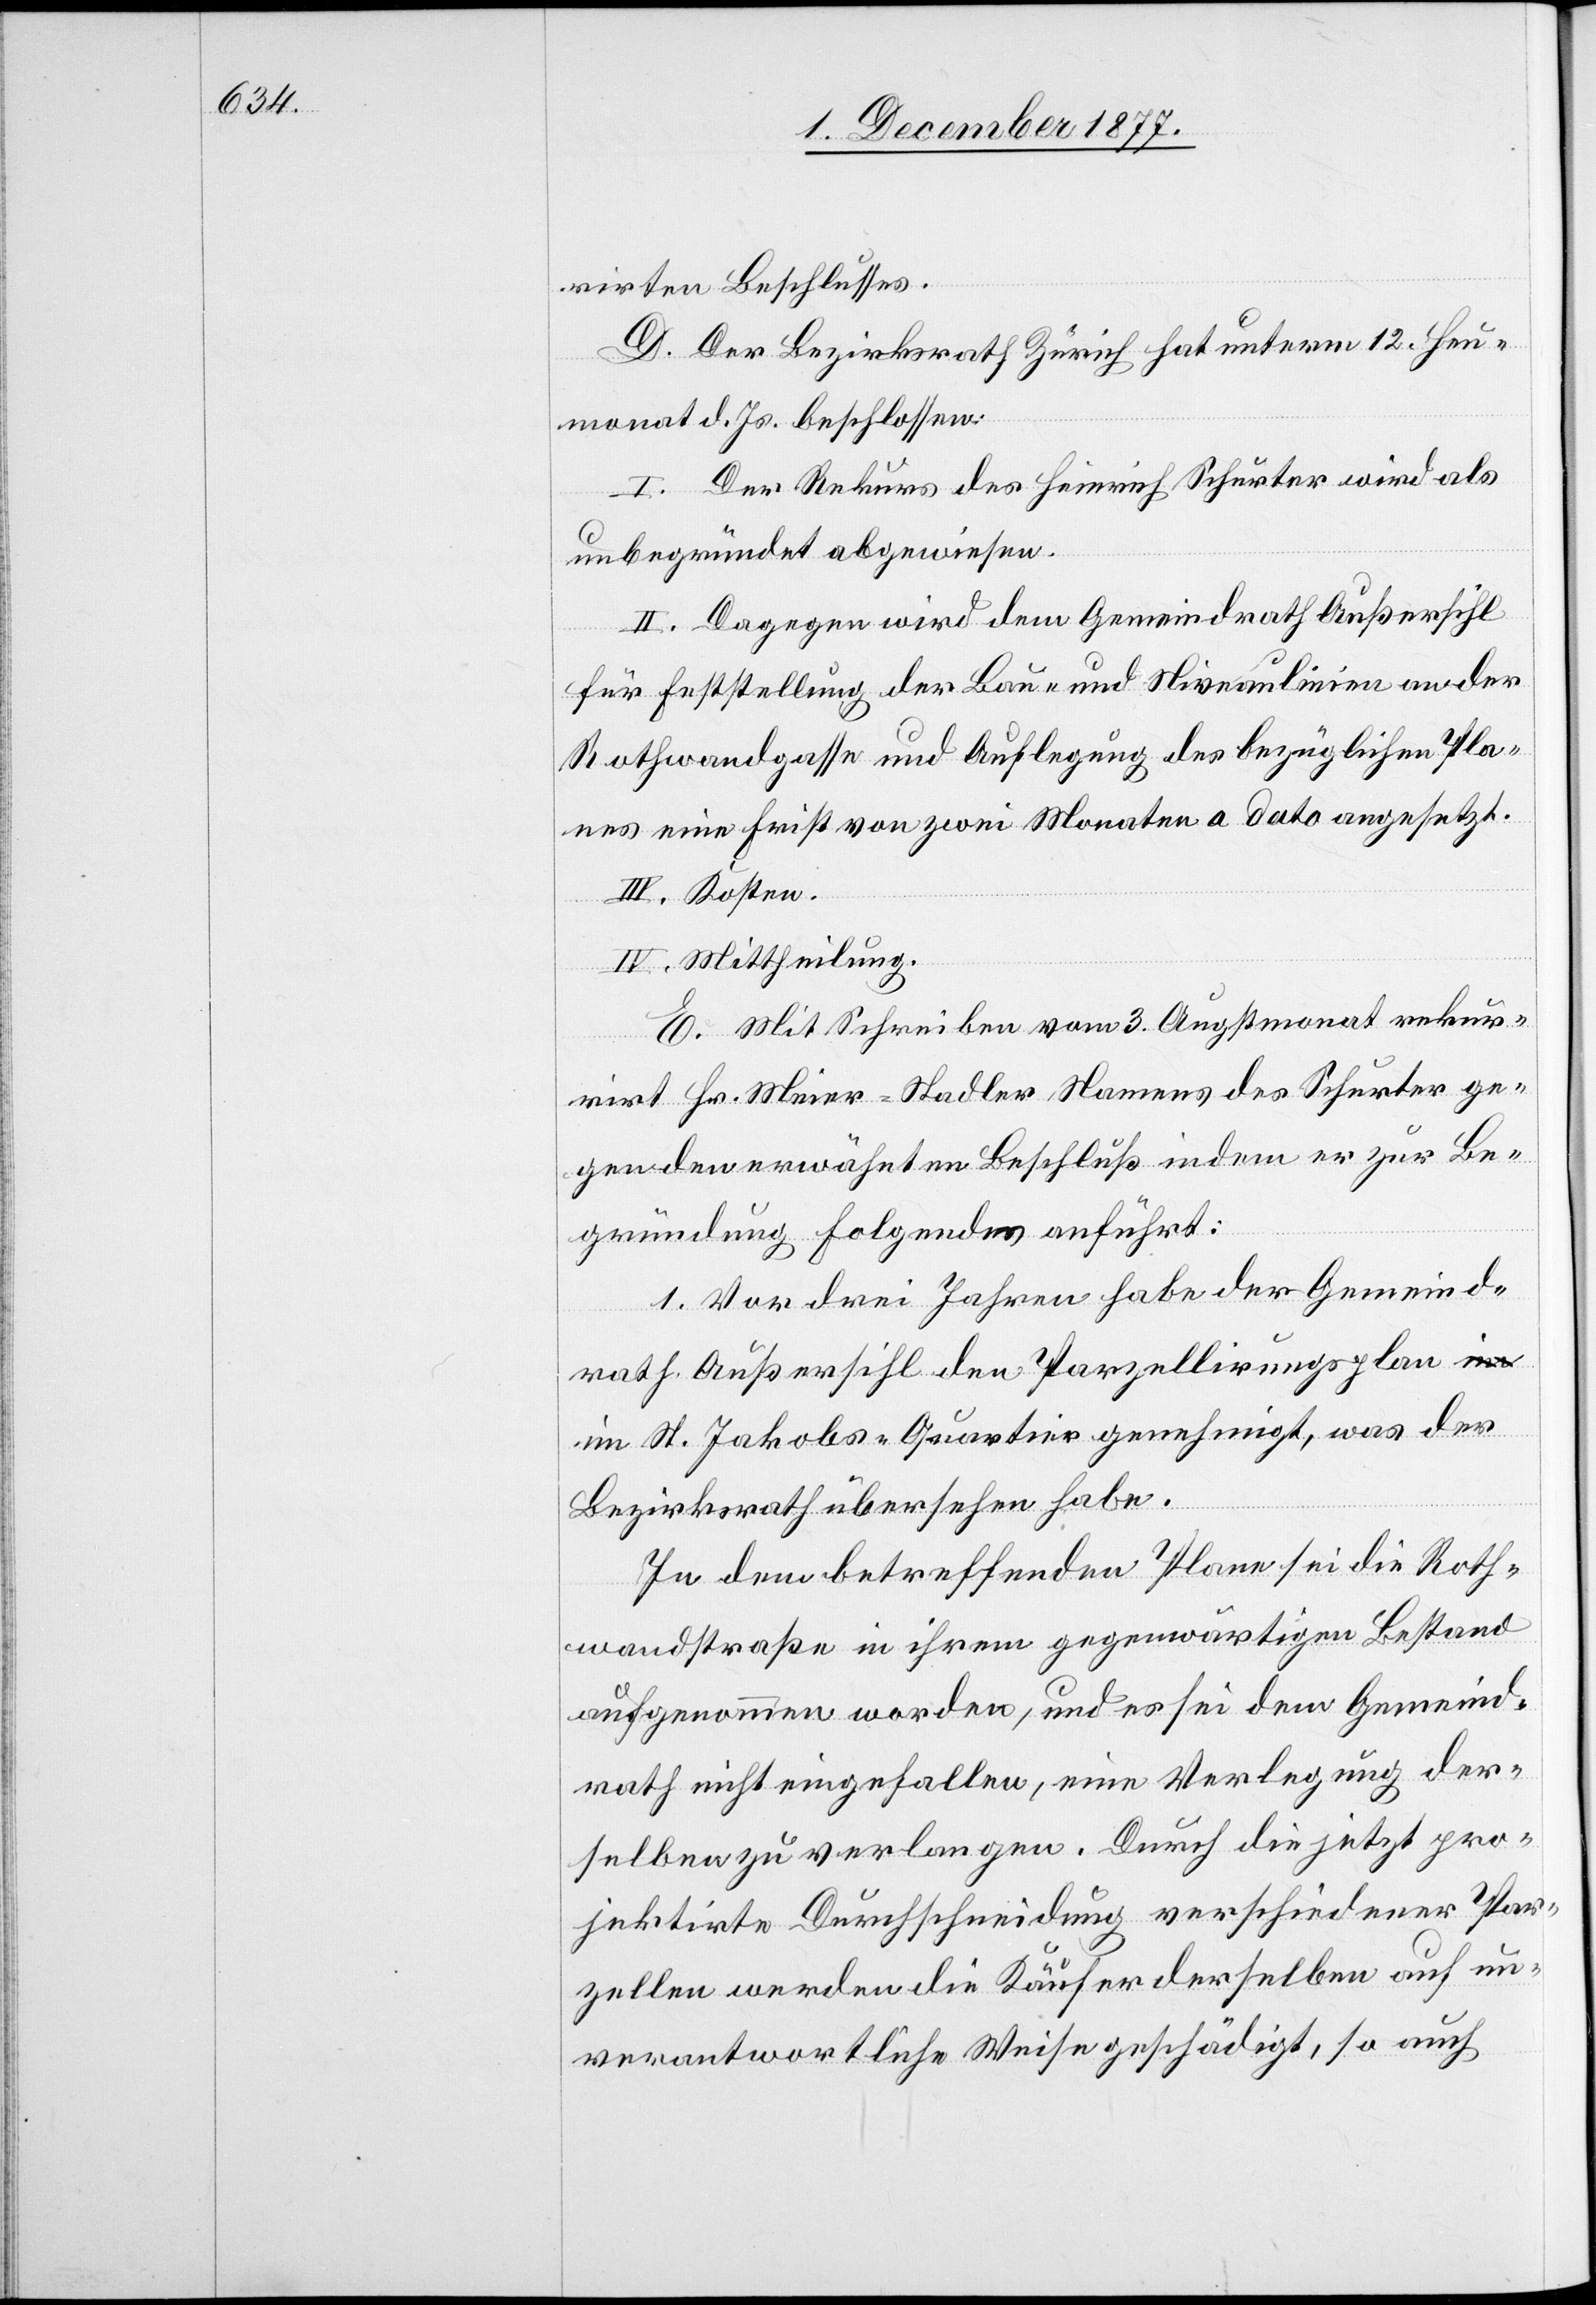
rirten Beschlusses.
D. Der Bezirksrath Zürich hat unterm 12. Heu¬
monat d. Js. beschlossen:
I. Der Rekurs des Heinrich Schurter wird als
unbegründet abgewiesen.
II. Dagegen wird dem Gemeindrath Außersihl
für Feststellung der Bau- und Niveaulinien an der
Rothwandgasse und Auflegung des bezüglichen Pla¬
nes eine Frist von zwei Monaten a dato angesetzt.
III. Kosten.
IV. Mittheilung.
E. Mit Schreiben vom 3. Augstmonat rekur¬
rirt Hr. Meier-Stadler Namens des Schurter ge¬
gen den erwähnten Beschluß indem er zur Be¬
gründung Folgendes anführt:
1. Vor drei Jahren habe der Gemeind¬
rath Außersihl den Parzellirungsplan a-im-a
im St. Jakobs-Quartier genehmigt, was der
Bezirksrath übersehen habe.
In dem betreffenden Plane sei die Roth¬
wandstraße in ihrem gegenwärtigen Bestand
aufgenommen worden, und es sei dem Gemeind¬
rath nicht eingefallen, eine Verlegung der¬
selben zu verlangen. Durch die jetzt pro¬
jektirte Durchschneidung verschiedener Par¬
zellen werden die Käufer derselben auf un¬
verantwortliche Weise geschädigt, so auch